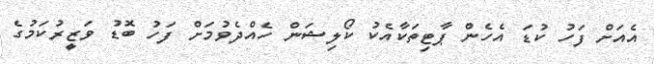
އެއަށް ފަހު ކުޑަ އެހެން ޕާޓިތަކާއެކު ކޯލިޝަން ހެއްދެވުމަށް ފަހު ބޮޑު ވަޒީރުކަމުގެ